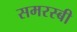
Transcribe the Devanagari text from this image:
समरस्बी